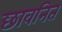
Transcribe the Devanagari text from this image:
छावनित